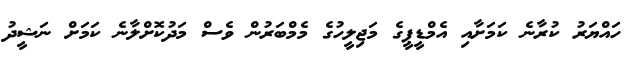
ހައްޔަރު ކުރާނެ ކަމަށާއި އެމްޑީޕީގެ މަޖިލީހުގެ މެމްބަރުން ވެސް މަދުކޮށްލާނެ ކަމަށް ނަޝީދު